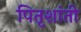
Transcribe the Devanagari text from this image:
पितृशांती